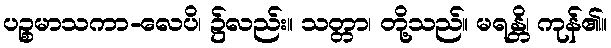
ပဉ္စမာသကာ-လေပိ၊ ၌လည်း။ သတ္တာ၊ တို့သည်။ မရန္တိ၊ ကုန်၏။